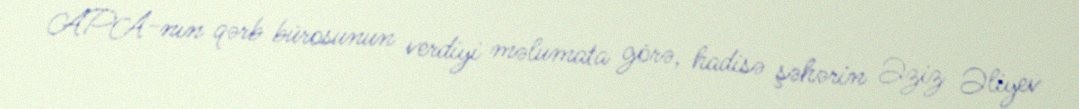
APA-nın qərb bürosunun verdiyi məlumata görə, hadisə şəhərin Əziz Əliyev